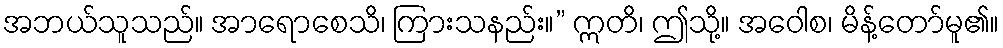
အဘယ်သူသည်။ အာရောစေသိ၊ ကြားသနည်း။” ဣတိ၊ ဤသို့။ အဝေါစ၊ မိန့်တော်မူ၏။